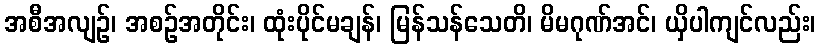
အစီအလျဉ်၊ အစဉ်အတိုင်း၊ ထုံးပိုင်မချန်၊ မြန်သန်သေတိ၊ မိမဂုဏ်အင်၊ ယှိပါကျင်လည်း၊